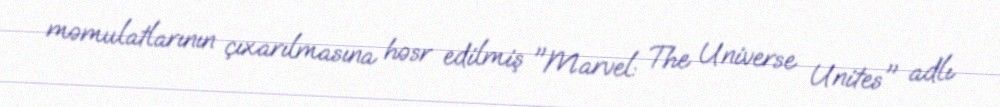
məmulatlarının çıxarılmasına həsr edilmiş "Marvel: The Universe Unites" adlı